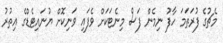
މެޗުގެ ފުރަތަމަ ހާފު ނިމެން ފަސް މިނެޓަކަށް ވެފައި ވަނިކޮށް ޔުނައިޓެޑްގެ އިތުރު